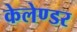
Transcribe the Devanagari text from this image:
केलेण्डर